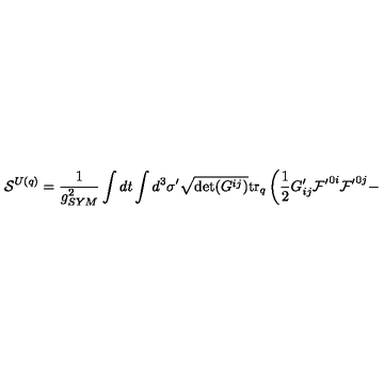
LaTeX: { \cal S } ^ { U ( q ) } = \frac { 1 } { g _ { S Y M } ^ { 2 } } \int d t \int d ^ { 3 } \sigma ^ { \prime } \sqrt { \det ( G ^ { i j } ) } \mathrm { t r } _ { q } \left( \frac { 1 } { 2 } G _ { i j } ^ { \prime } { \cal F ^ { \prime } } ^ { 0 i } { \cal F ^ { \prime } } ^ { 0 j } - \right.